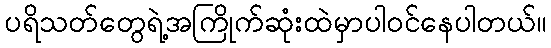
ပရိသတ်တွေရဲ့အကြိုက်ဆုံးထဲမှာပါဝင်နေပါတယ်။